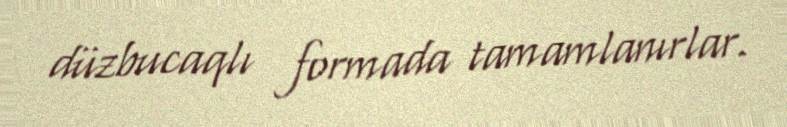
düzbucaqlı formada tamamlanırlar.